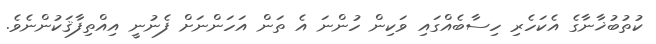
ކުތުބުޚާނާގެ އެކަހެރި ހިސާބެއްގައި ވަކިން ހުންނަ އެ ތަން އަހަންނަށް ފެނުނީ އިއްތިފާޤަކުންނެވެ.